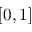
[ 0 , 1 ]